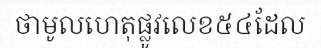
ថាមូលហេតុផ្លូវលេខ៥៤ដែល